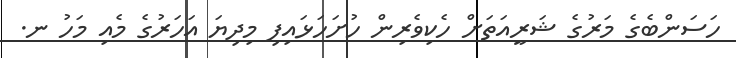
ހަސަންބެގެ މަރުގެ ޝަރީއަތަށް ހެކިވެރިން ހުށަހަޅައިފި މިދިޔަ އަހަރުގެ މެއި މަހު ނ.